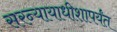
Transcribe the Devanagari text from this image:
सरन्यायाधीशापर्यंत